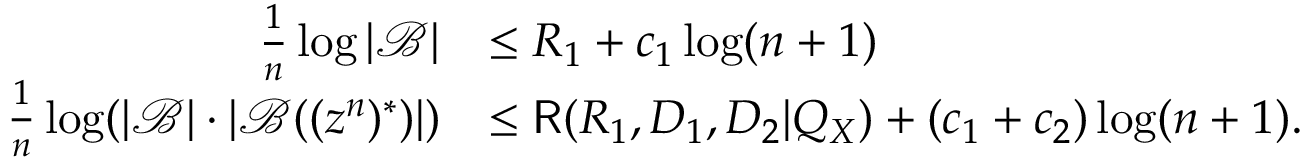
\begin{array} { r l } { \frac { 1 } { n } \log | \mathcal { B } | } & { \leq R _ { 1 } + c _ { 1 } \log ( n + 1 ) } \\ { \frac { 1 } { n } \log ( | \mathcal { B } | \cdot | \mathcal { B } ( ( z ^ { n } ) ^ { * } ) | ) } & { \leq \mathsf { R } ( R _ { 1 } , D _ { 1 } , D _ { 2 } | Q _ { X } ) + ( c _ { 1 } + c _ { 2 } ) \log ( n + 1 ) . } \end{array}